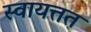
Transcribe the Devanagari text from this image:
स्वायत्तत